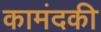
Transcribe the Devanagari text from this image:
कामंदकी